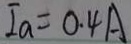
I _ { a } = 0 . 4 A